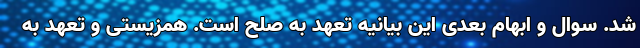
شد. سوال و ابهام بعدی این بیانیه تعهد به صلح است. همزیستی و تعهد به